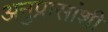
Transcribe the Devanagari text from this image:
अनुप्रासांशी